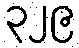
၃၂၉